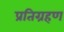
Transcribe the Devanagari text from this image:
प्रतिग्रहण